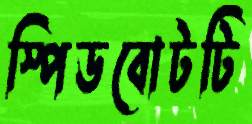
স্পিডবোটটি